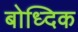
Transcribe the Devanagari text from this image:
बोध्दिक